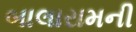
બાલારામની